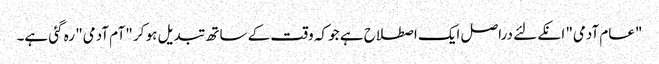
"عام آدمی" انکے لئے دراصل ایک اصطلاح ہے جو کہ وقت کے ساتھ تبدیل ہو کر "آم آدمی" رہ گئی ہے۔